Vital statistics of India. Vol. V, Reports of 1876 on armies & jails and on epidemic cholera
Year: 1876
Disease focus: Cholera
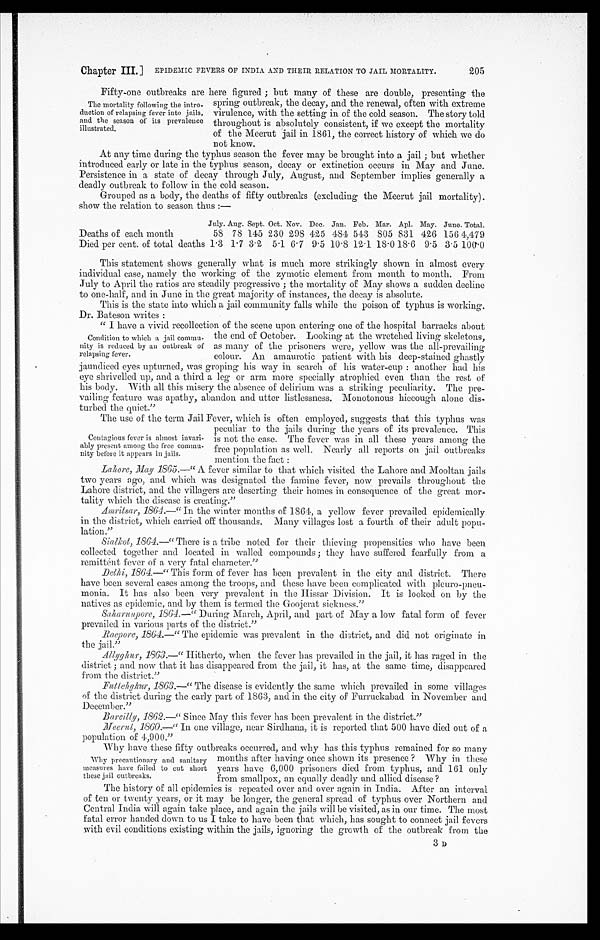
Chapter III, ] EPIDEMIC FEVERS OF INDIA AND THEIR RELATION TO JAIL MORTALITY.
205
Fifty-one outbreaks are here figured ; but many of these are double, presentinz the
The mortality following the intro-
duction of relapsing fever into jails,
and the season of its prevalence
illustrated.
spring outbreak, the decay, and the renewal, often with extreme
virulence, with the setting in of the cold season. The story told
throughout is absolutely consistent, if we except the mortality
of the Meerut jail in 1861, the correct history of which we do
not know.
At any time during the typhus season the fever may be brought into a jail ; but whether
introduced early or late in the typhus season, decay or extinction occurs in May and June.
Persistence in a state of decay through July, August, and September implies generally a
deadly outbreak to follow in the cold season.
Grouped as a body, the deaths of fifty outbreaks (excluding the Meerut jail mortality).
show the relation to season thus :—
July. Aug. Sept. Oct. Nov. Dec. Jan. Feb, Mar. Apl. May. June. Total.
Deaths of each month.
55 78 145 230 298 425 484 513 805 831 426 156 4,479
Died per cent. of total deaths 1 . 3 1 . 7 3 . 2 5 . 1 6 . 7 9 . 5 10 . 8 12 . 1 18 . 0 18 . 6 9 . 5 3 . 5 10(1.0
This statement shows generally what is much more strikingly shown in almost every
individual case, namely the working of the zymotic element from month to month. From
July to April the ratios are steadily progressive ; the mortality of May shows a sudden decline
to one-half, and in June in the great majority of instances, the decay is absolute.
This is the state into which a jail community falls while the poison of typhus is working'.
Dr. Bateson writes :
" I have a vivid recollection of the scene upon entering one of the hospital barracks about
Condition to which a jail commu-
nity is reduced by an outbreak of
relapsing fever.
the end of October. Looking at the wretched living skeletons,
as many of the prisoners were, yellow was the all-prevailing
colour. An amaurotic patient with his deep-stained ghastly
j aundiced eyes upturned, was groping his way in search of Ins water-cup : another had ins
eye shrivelled up, and a third a leg or arm more specially atrophied even than the rest of
his body. With all this misery the absence of delirium was a striking peculiarity. The pre-
vailing feature was apathy, abandon and utter listlessness. Monotonous hiccough alone dis-
turbed the ouiet."
The use of the term Jail Fever, which is often employed, suggests that this typhus was
Contagious fever is almost invari-
ably present among the free commu-
nity before it appears in jails.
peculiar to the jails during the years of its prevalence. This
is not the ease. The fever was in all these years among the
free population as well. Nearly all reports on jail outbreaks
mention the fnet
Lahore, May 1865.---" A. fever similar to that which visited the Lahore and Mooltan jails
two years ago, and which was designated the famine fever, now prevails throughout the
Lahore district, and the villagers are deserting their homes in consequence of the great mor-
tality which the disease is creating."
Amritsar, 1864.—" In the winter months of 1861, a yellow fever prevailed epidemically
in the district, which carried off thousands. Many villages lost a fourth of their adult popu-
lation."
iS`ial7•ot,1864.—" There is a tribe noted for their thieving propensities who have been
collected together and located in walled compounds ; they have suffered fearfully from a
remittent fever of a very fatal character."
Delhi, 1864.—" This form of fever has been prevalent in the city and district. There
have been several cases among the troops, and these have been complicated with pleuro-pneu-
monia. It has also been very prevalent in the Hissar Division. It is looked on by the
natives as epidemic, and by them is termed the Goojcrat sickness."
Saharimpore, 1864.—" During March, April, and part of May a low fatal form of fever
prevailed in various parts of the district."
Raepore,186-1.—" The epidemic was prevalent in the district, and did not originate in
the jail."
Allyf jhur, 1863.—" Hitherto, when the fever has prevailed in the jail, it has raged in the
district ; and now that it has disappeared from the jail, it has, at the same time, disappeared
from the district."
Ttittehghur,1863.—" The disease is evidently the same which prevailed in some villages
of the district during the early part of 1863, and in the city of Furruckabad in November and
December."
Bareilly, 1862.—" Since May this fever has been prevalent in the district."
Neernt, 1860.—" In one village, near Sirdhana, it is reported that 500 have died. out of a.
population of 4,900."
Why have these fifty outbreaks occurred, and why has this typhus remained for so many
W h
i
y precautionary and sanitary months after having once shown its presence ? Why in these
measures have failed to cut short years have 6,000 prisoners died from typhus, and 161 only
these jail outbreaks.
from smallpox, an equally deadly and allied disease ?
The history of all epidemics is repeated over and over again in India.. After an interval
of ten or twenty years, or it may be longer, the general spread of typhus over Northern and
Central India will again take place, and again the jails will be visited, as in our time. The most
fatal error handed down to us I take to have been that which, has sought to connect jail fevers
with evil conditions existing within the jails, ignoring the growth of the outbreak from the
3 D